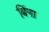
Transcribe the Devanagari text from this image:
बिंगा